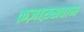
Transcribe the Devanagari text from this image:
क़ज़ाख़्सतान